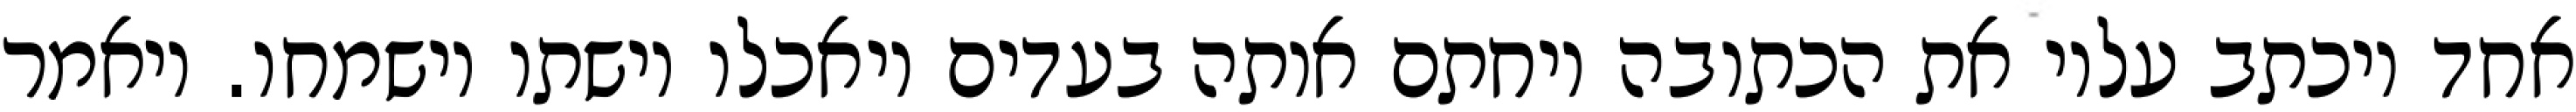
אחד ויכתב עליו את הכתובה ויחתם אותה בעדים ויאכלו וישתו וישמחו. ויאמר